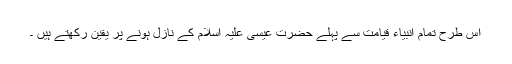
اس طرح تمام انبیاء قیامت سے پہلے حضرت عیسیٰ علیہ اسلام کے نازل ہونے پر یقین رکھتے ہیں ۔